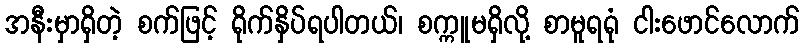
အနီးမှာရှိတဲ့ စက်ဖြင့် ရိုက်နှိပ်ရပါတယ်၊ စက္ကူမရှိလို့ စာမူရရုံ ငါးဖောင်လောက်